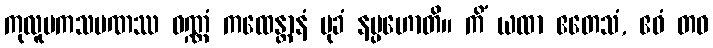
ကုလူပကသမဏဿ ဝဏ္ဏံ ကထေန္တာနံ မုခံ နပ္ပဟောတိ။ ကိံ ယထာ ဧတေသံ, ဧဝံ တဝ